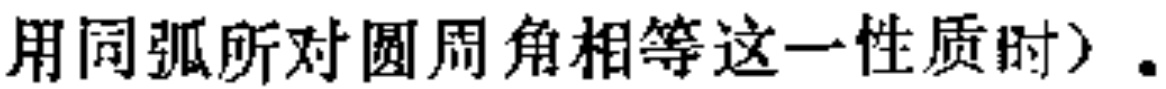
用同弧所对圆周角相等这一性质时）.